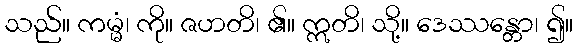
သည်။ ကမ္မံ၊ ကို။ ဇဟတိ၊ ၏။ ဣတိ၊ သို့။ ဒေဿန္တော၊ ၍။